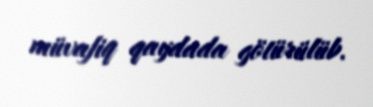
müvafiq qaydada götürülüb.